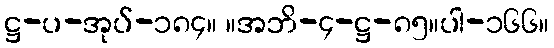
ဋ္ဌ-ပ-အုပ်-၁၈၄။ ။အဘိ-၄-ဋ္ဌ-၈၅။ပါ-၁၆၆။